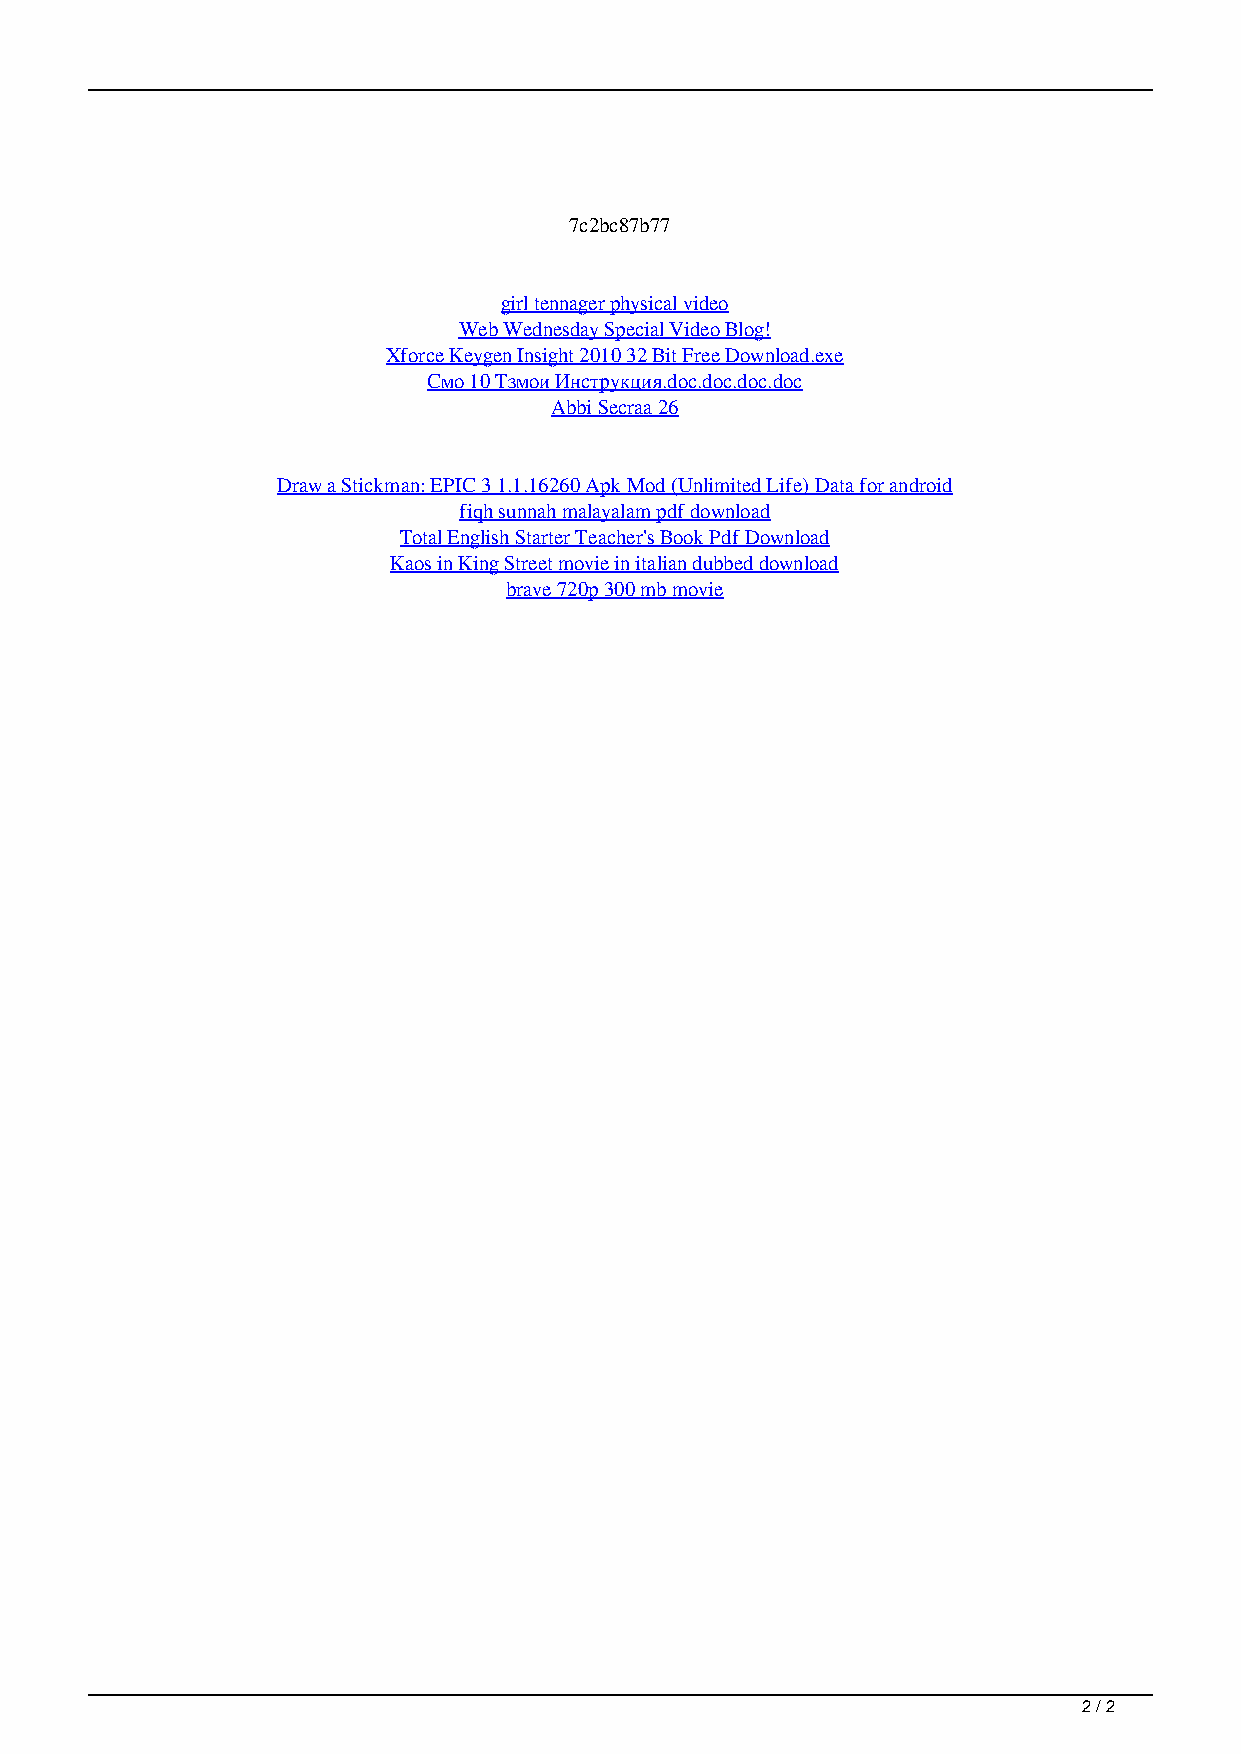
7c2bc87b77
 girl tennager physical video
 Web Wednesday Special Video Blog!
 Xforce Keygen Insight 2010 32 Bit Free Download.exe
 Смо 10 Тзмои Инструкция.doc.doc.doc.doc
 Abbi Secraa 26
 Draw a Stickman: EPIC 3 1.1.16260 Apk Mod (Unlimited Life) Data for android
 fiqh sunnah malayalam pdf download
 Total English Starter Teacher's Book Pdf Download
 Kaos in King Street movie in italian dubbed download
 brave 720p 300 mb movie
 2 / 2
 D16 Group Drumazon Vsti Keygen